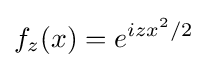
f_{z}(x)=e^{izx^{2}/2}